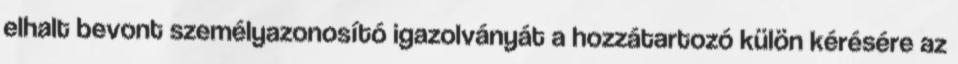
elhalt bevont személyazonosító igazolványát a hozzátartozó külön kérésére az